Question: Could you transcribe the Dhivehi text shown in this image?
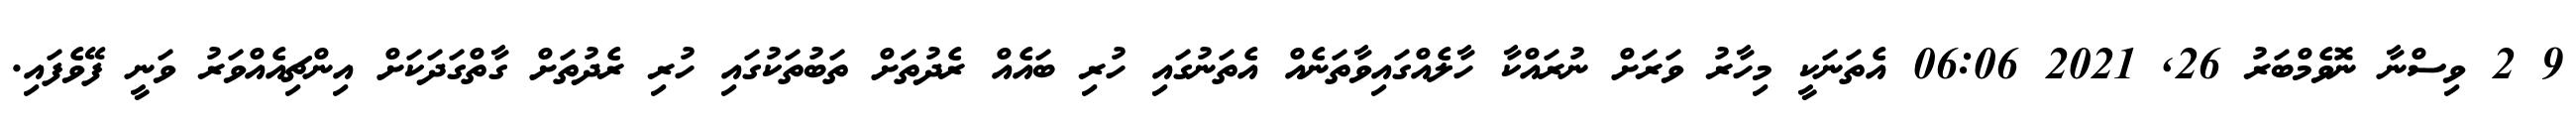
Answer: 9 2 ވިސްނާ ނޮވެމްބަރު 26, 2021 06:06 އެތަނަކީ މިހާރު ވަރަށް ނުރައްކާ ހާލެއްގައިވާތަނެއް އެތަނުގައި ހުރި ބައެއް ރެދުތަށް ތަބުތަކުގައި ހުރި ރެދުތަށް ގާތްގަދަކަށް އިންޗިއެއްވަރު ވަނީ ފޭވެފައި.